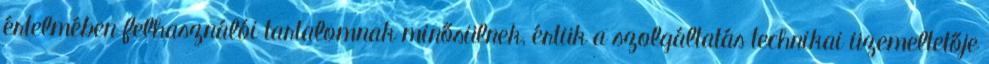
értelmében felhasználói tartalomnak minősülnek, értük a szolgáltatás technikai üzemeltetője